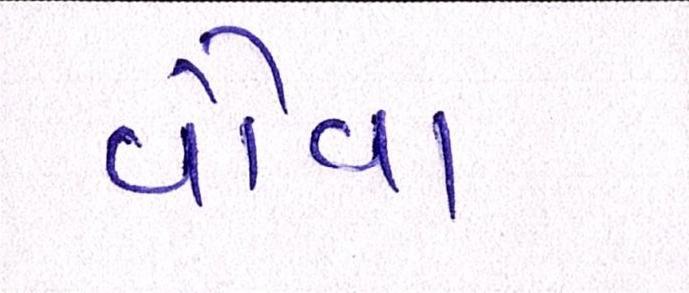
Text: વૌવા